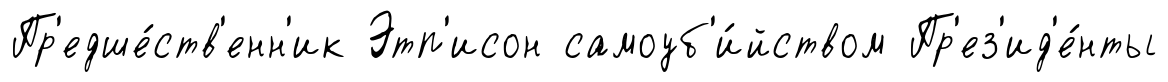
Пр'едше́ств'енн'ик Этп'исон самоуб'и́йством Пр'ез'ид'е́нты